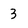
Character: 3